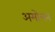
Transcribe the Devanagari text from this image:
अमोलन